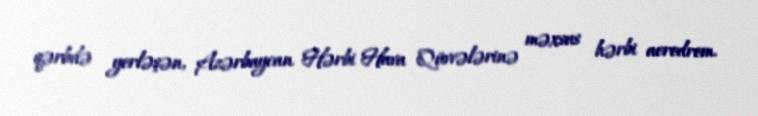
qərbdə yerləşən, Azərbaycan Hərbi Hava Qüvvələrinə məxsus hərbi aerodrom.